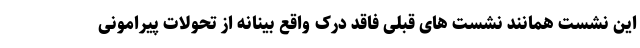
این نشست همانند نشست های قبلی فاقد درک واقع بینانه از تحولات پیرامونی